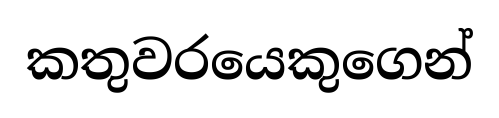
කතුවරයෙකුගෙන්